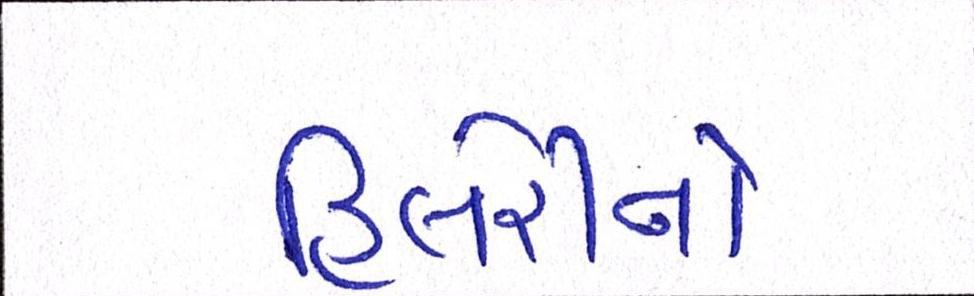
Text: હિલેરીનો